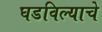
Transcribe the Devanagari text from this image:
घडविल्याचे